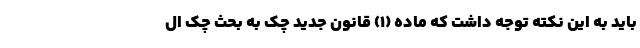
باید به این نکته توجه داشت که ماده (۱) قانون جدید چک به بحث چک ال